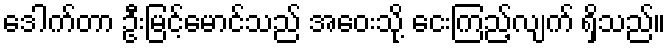
ဒေါက်တာ ဦးမြင့်မောင်သည် အဝေးသို့ ငေးကြည့်လျက် ရှိသည်။